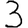
Digit: 3